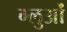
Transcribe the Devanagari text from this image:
ग्लुओं